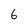
Character: 6